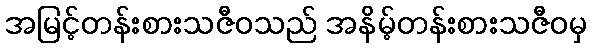
အမြင့်တန်းစားသဇီဝသည် အနိမ့်တန်းစားသဇီဝမှ